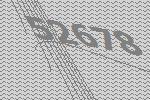
52678